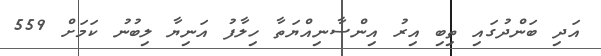
އަދި ބަންދުގައި ތިބި އިރު އިންސާނިއްޔަތާ ހިލާފު އަނިޔާ ލިބުނު ކަމަށް 559